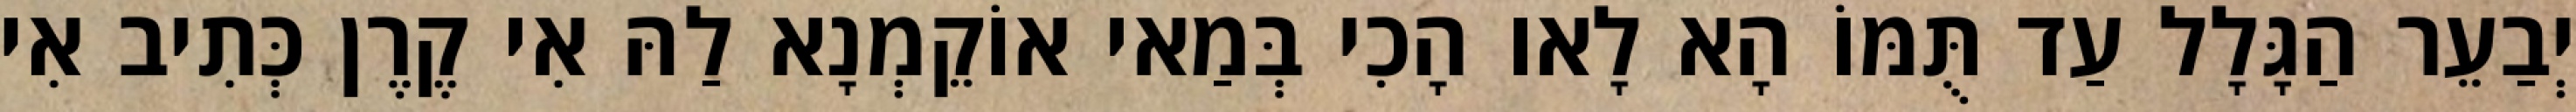
יְבַעֵר הַגָּלָל עַד תֻּמּוֹ הָא לָאו הָכִי בְּמַאי אוֹקֵמְנָא לַהּ אִי קֶרֶן כְּתִיב אִי